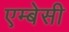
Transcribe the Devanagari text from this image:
एम्‍बेसी